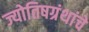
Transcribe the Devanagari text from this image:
ज्योतिषग्रंथांचे